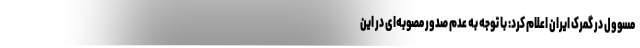
مسوول در گمرک ایران اعلام کرد: با توجه به عدم صدور مصوبه‌ای در این